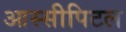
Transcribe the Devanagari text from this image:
आस्सीपिटल